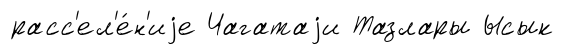
расс'ел'е́н'иjе Чагатаjи Тазлары Ысык